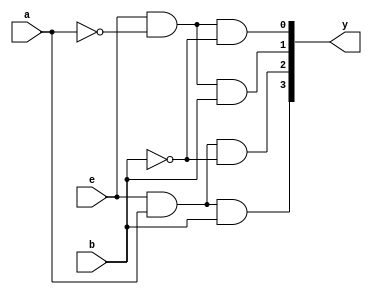
module decoder2(a, b, e, y);
input a;
input b;
input e;
output [3:0] y;
and a1(y[0],e,~a,~b);
and a2(y[1],e,~a,b);
and a3(y[2],e,a,~b);
and a4(y[3],e,a,b);
endmodule

module decoder3(a, b, c, y);
input a;
input b;
input c;
output [7:0] y;
decoder2 d1(b,c,~a,y[3:0]);
decoder2 d2(b,c,a,y[7:4]);
endmodule

module testbench();
reg a,b,c;
wire [7:0]y;
decoder3 a1(a,b,c,y);
initial
begin
a=0;b=0;c=0;
#10 a=0;b=0;c=1;
#10 a=0;b=1;c=0;
#10 a=0;b=1;c=1;
#10 a=1;b=0;c=0;
#10 a=1;b=0;c=1;
#10 a=1;b=1;c=0;
#10 a=1;b=1;c=1;
#10 $finish;
end
endmodule